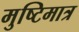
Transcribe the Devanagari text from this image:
मुष्टिमात्र